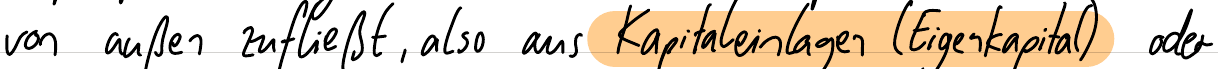
von außen zufließt, also aus Kapitaleinlagen (Eigenkapital) oder